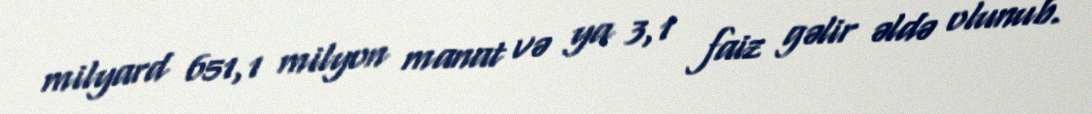
milyard 651,1 milyon manat və ya 3,1 faiz gəlir əldə olunub.